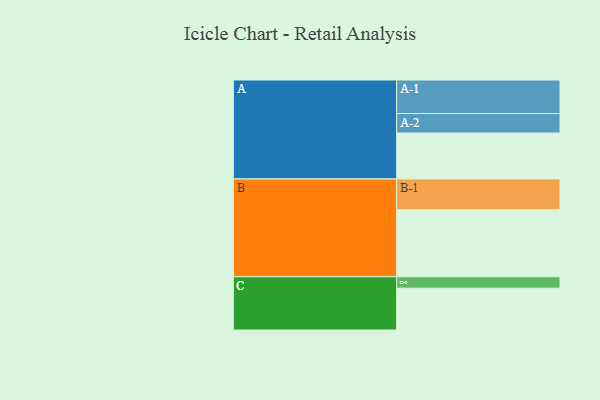
{"axis": {"x": "Segment", "y": "Value"}, "legend": ["", "A", "B", "C"], "data": [{"x": "A", "y": 351, "type": ""}, {"x": "B", "y": 511, "type": ""}, {"x": "C", "y": 319, "type": ""}, {"x": "A-1", "y": 256, "type": "A"}, {"x": "A-2", "y": 148, "type": "A"}, {"x": "B-1", "y": 235, "type": "B"}, {"x": "C-1", "y": 87, "type": "C"}]}